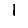
Digit: 1